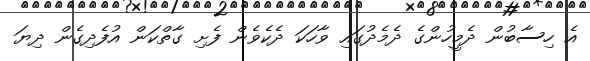
އެ ހިސާބުން ދެމީހުންގެ ދެމެދުގައި ވާހަކަ ދެކެވެން ފެށި ގާތްކަން އުފެދިގެން ދިޔަ